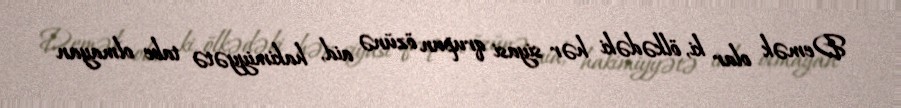
Demək olar ki, ölkədəki hər siyasi qrupun özünə aid, hakimiyyətə tabe olmayan